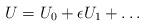
LaTeX: \begin{align*}U=U_0+\epsilon U_1+\ldots\end{align*}